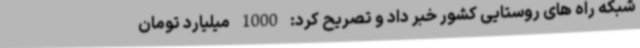
شبکه راه های روستایی کشور خبر داد و تصریح کرد: 1000 میلیارد تومان